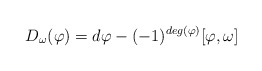
\begin{align*}D_{\omega} (\varphi)=d\varphi -(-1)^{deg(\varphi)}[\varphi ,\omega]\end{align*}